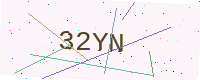
Text: 32YN